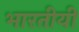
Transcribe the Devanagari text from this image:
भारतीयी